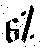
6%